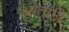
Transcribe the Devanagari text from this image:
श्रोताग्नि